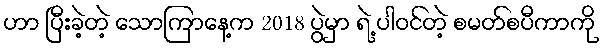
ဟာ ပြီးခဲ့တဲ့ သောကြာနေ့က 2018 ပွဲမှာ ရဲ့ ပါဝင်တဲ့ စမတ်စပီကာကို